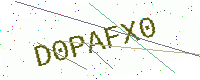
Text: D0PAFX0